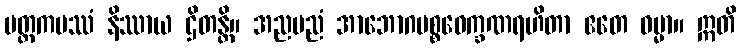
မတ္ထကပဿံ နိဿာယ ဌိတန္တိ။ အညမညံ အာဘောဂပစ္စဝေက္ခဏရဟိတာ ဧတေ ဓမ္မာ။ ဣတိ